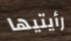
رأيتيها